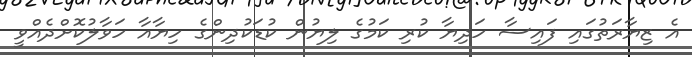
އެ ޒިޔާރަތުގައި ފައިސާ ހަދިޔާ ކުރި ކަމުގެ ލިޔުން ކުޑަކުދިންގެ ހިޔާއާ ހަވާލުކޮށްދެއްވީ